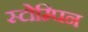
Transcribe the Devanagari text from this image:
स्टोम्पिन